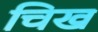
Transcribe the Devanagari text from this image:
चिख